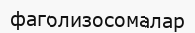
фаголизосомалар